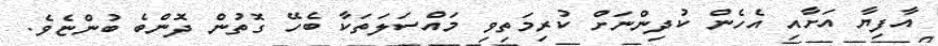
އާފިޔާ އަށާއި އެހެން ކުދިންނަށް ކުރިމަތިވި މައްސަލަތަކާ ބެހޭ ގޮތުން ދޮންބެ ބުންޏެވެ.